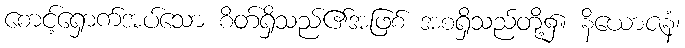
စောင့်ရှောက်အပ်သော စိတ်ရှိသည်၏အဖြစ် အစရှိသည်တို့၌။ နိယောဇနံ၊